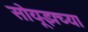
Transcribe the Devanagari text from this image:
सोयूझच्या